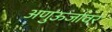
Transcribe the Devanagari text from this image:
अणुऊर्जावर